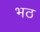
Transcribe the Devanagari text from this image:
भठ